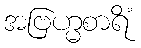
အဗြဟ္မစာရိံ